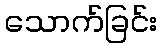
သောက်ခြင်း